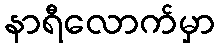
နာရီလောက်မှာ